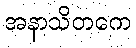
အနာသိတကေ